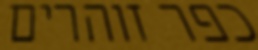
כפר זוהרים